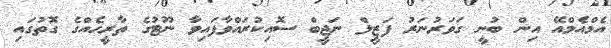
އެމްއެމްއޭ އިން ބުނީ ގަވަރުނަރު ފަޒީލް ނަޖީބް ސޮއިކުރައްވާފައިވާ ނޫޓުގެ ތާރީހެއްގެ ގޮތުގައި